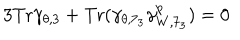
LaTeX: 3 \mathrm { T r } \gamma _ { \theta , 3 } + \mathrm { T r } ( \gamma _ { \theta , 7 _ { 3 } } \gamma _ { W , 7 _ { 3 } } ^ { p } ) = 0